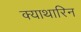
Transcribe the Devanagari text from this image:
क्याथारिन